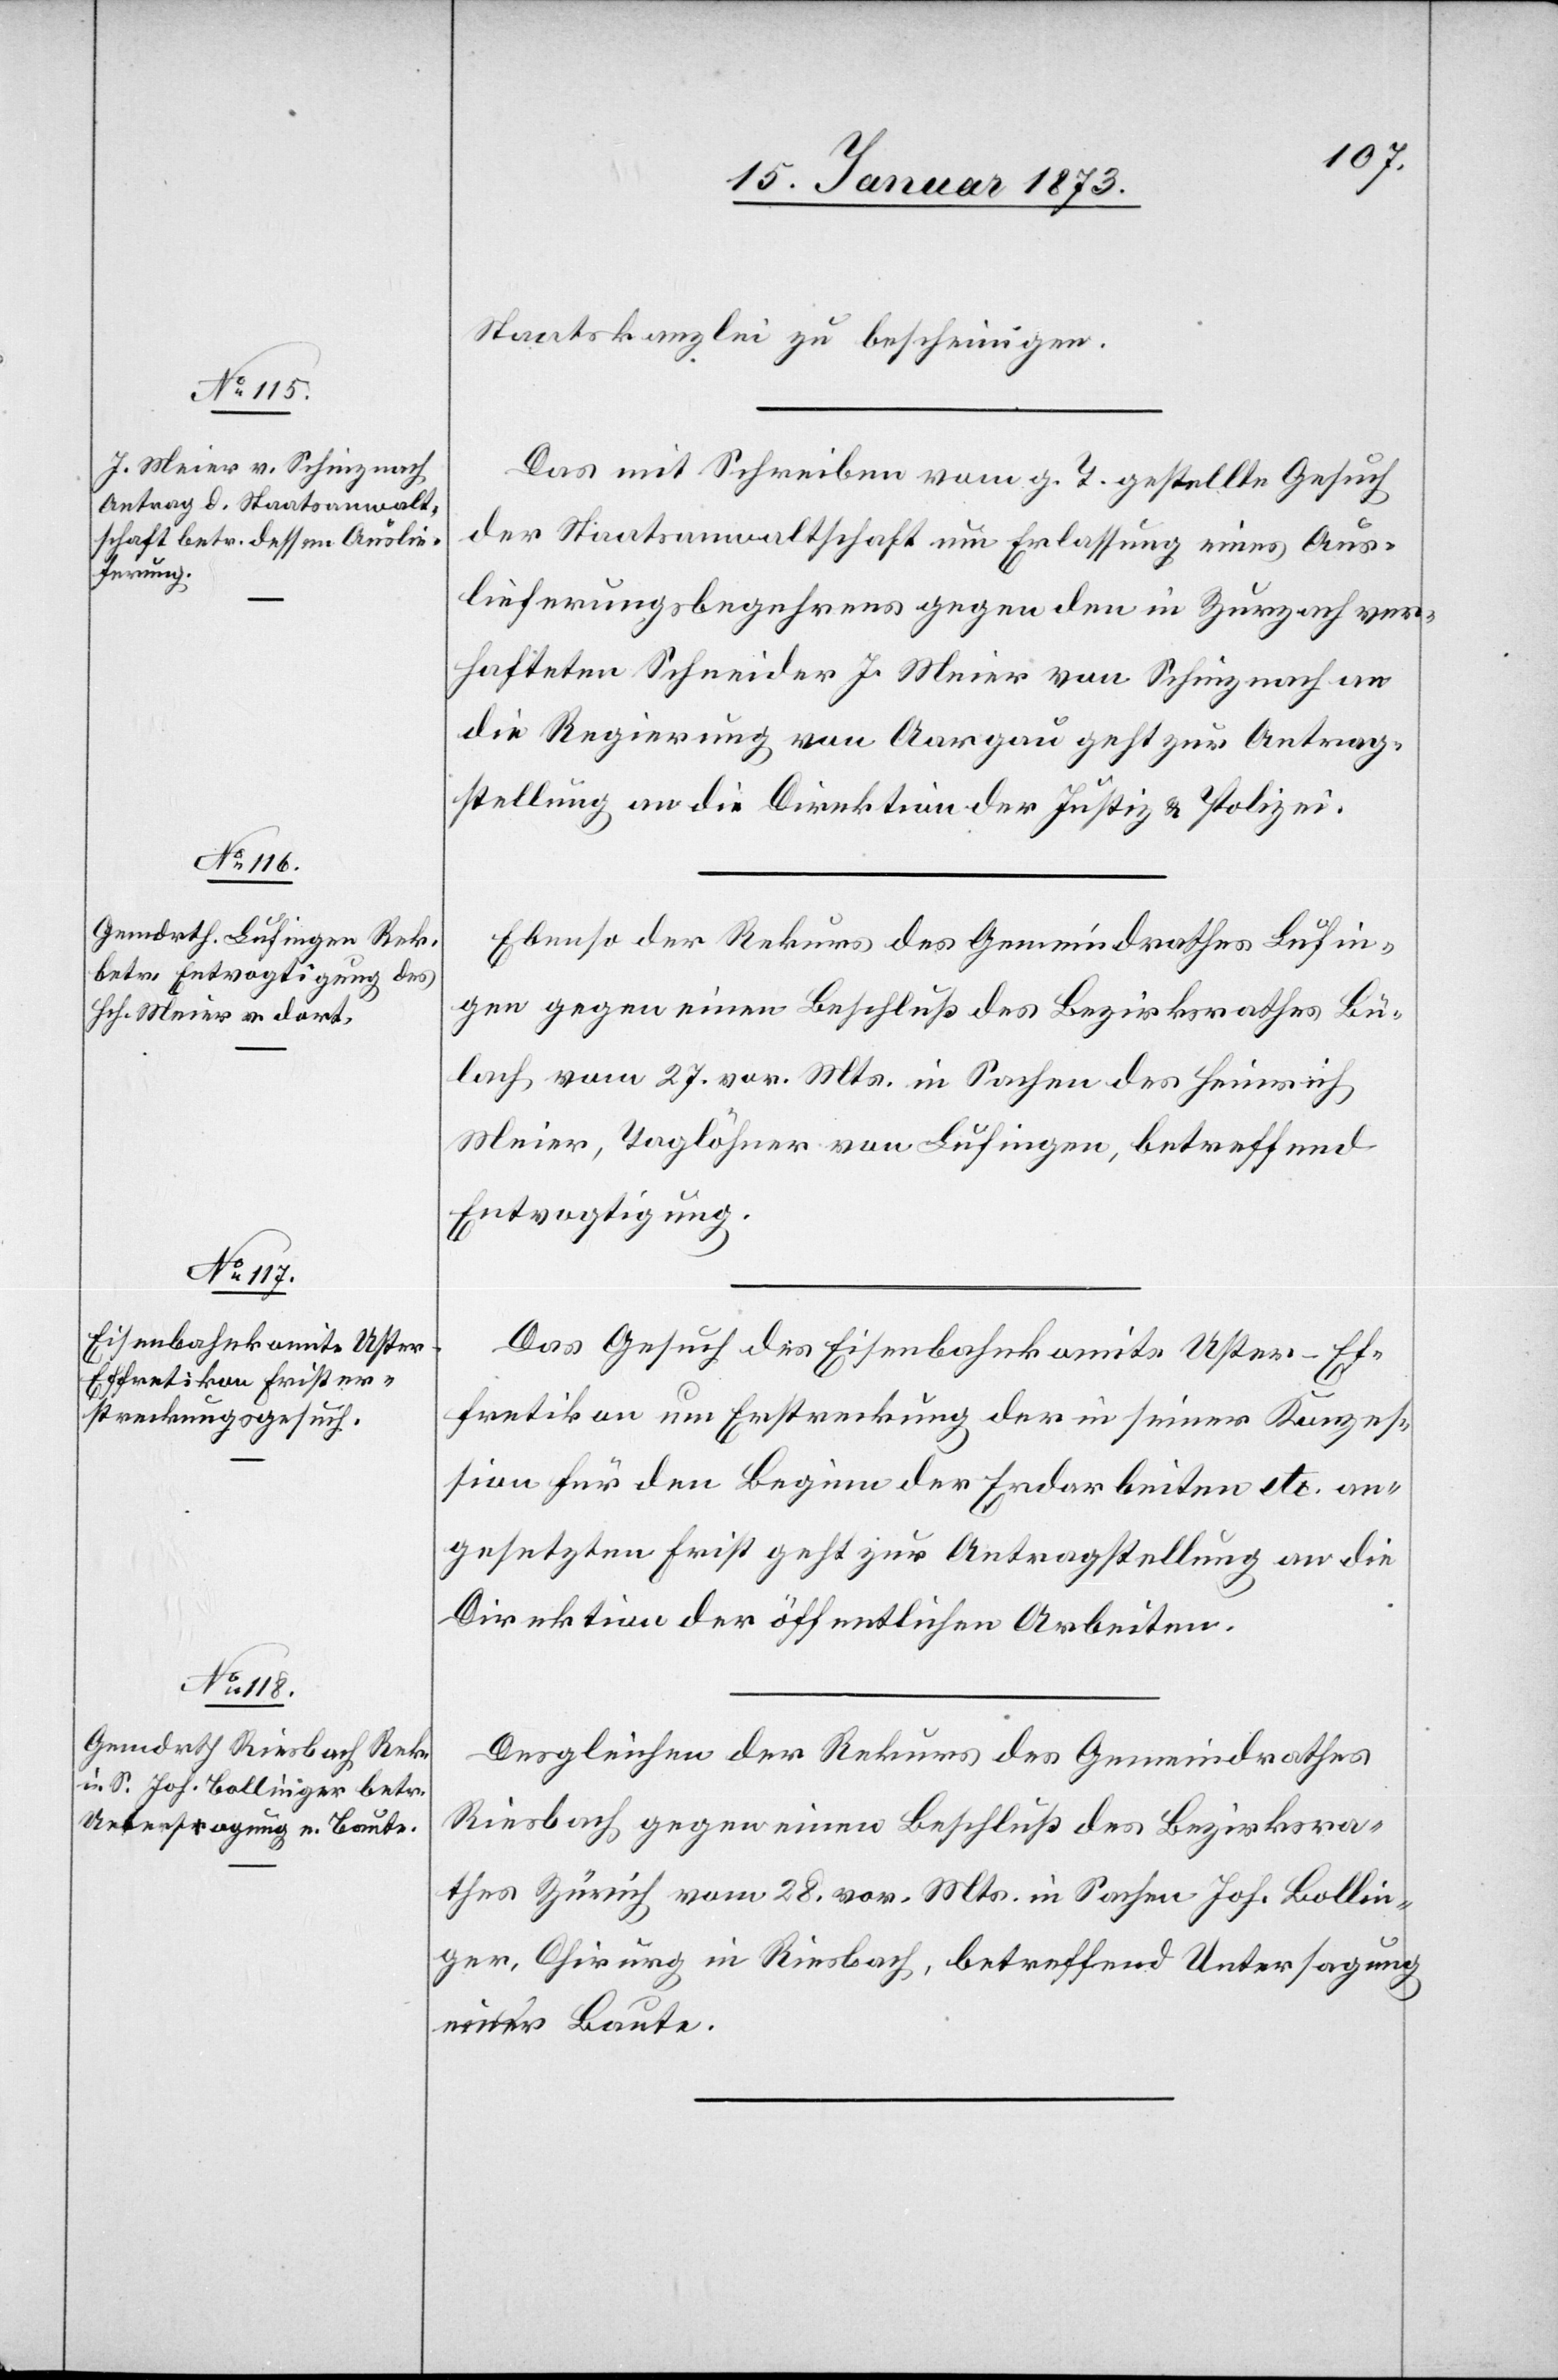
17. Januar 1873.]
Staatskanzlei zu bescheinigen.
Das mit Schreiben vom g. T. gestellte Gesuch
der Staatsanwaltschaft um Erlassung eines Aus¬
lieferungsbegehrens gegen den in Zurzach ver¬
hafteten Schneider J. Meier von Schinznach an
die Regierung von Aargau geht zur Antrag¬
stellung an die Direktion der Justiz u. Polizei.
Ebenso der Rekurs des Gemeindrathes Lufin¬
gen gegen einen Beschluß des Bezirksrathes Bü¬
lach vom 27. vor. Mts. in Sachen des Heinrich
Meier, Taglöhner von Lufingen, betreffend
Entvogtigung.
Das Gesuch des Eisenbahnkomite Uster–Ef¬
fretikon um Erstreckung der in seiner Konzes¬
sion für den Beginn der Erdarbeiten etc. an¬
gesetzten Frist geht zur Antragstellung an die
Direktion der öffentlichen Arbeiten.
Desgleichen der Rekurs des Gemeindrathes
Riesbach gegen einen Beschluß des Bezirksra¬
thes Zürich vom 28. vor. Mts. in Sachen Joh. Bollin¬
ger, Chirurg in Riesbach, betreffend Untersagung
einer Baute.